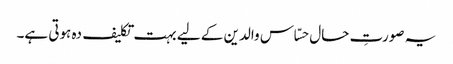
یہ صورتِ حال حسّاس والدین کے لیے بہت تکلیف دہ ہوتی ہے۔